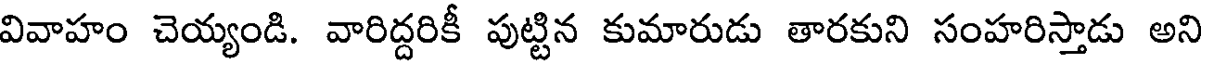
వివాహం చెయ్యండి. వారిద్దరికీ పుట్టిన కుమారుడు తారకుని సంహరిస్తాడు అని